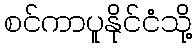
စင်ကာပူနိုင်ငံသို့